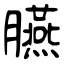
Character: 臙